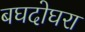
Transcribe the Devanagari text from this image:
बघदोघरा